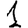
Digit: 1